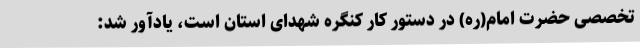
تخصصی حضرت امام(ره) در دستور کار کنگره شهدای استان است، یادآور شد: